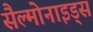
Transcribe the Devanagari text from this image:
सैल्मोनाइड्स